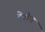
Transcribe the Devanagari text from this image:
देतोय